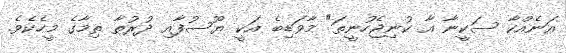
އަނެއްކާ ސަކީނާ އާ ކުނިޖެހުނީތަ" މާވަޑިބެ އަކީ ޔޫސުފާއި ދުރުތާ ތިމާގެ މީހެކެވެ.